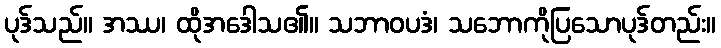
ပုဒ်သည်။ အဿ၊ ထိုအဒေါသ၏။ သဘာဝပဒံ၊ သဘောကိုပြသောပုဒ်တည်း။